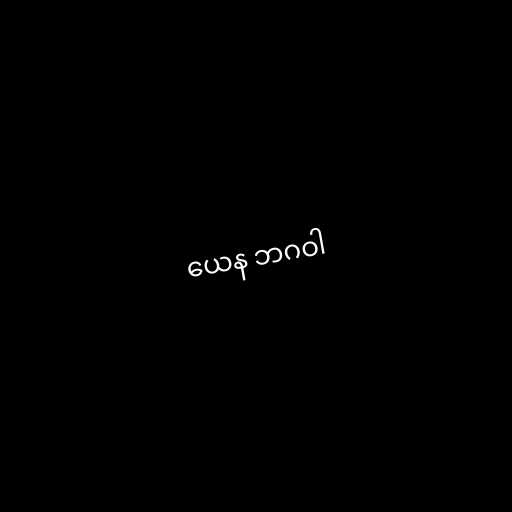
ယေန ဘဂဝါ